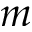
m